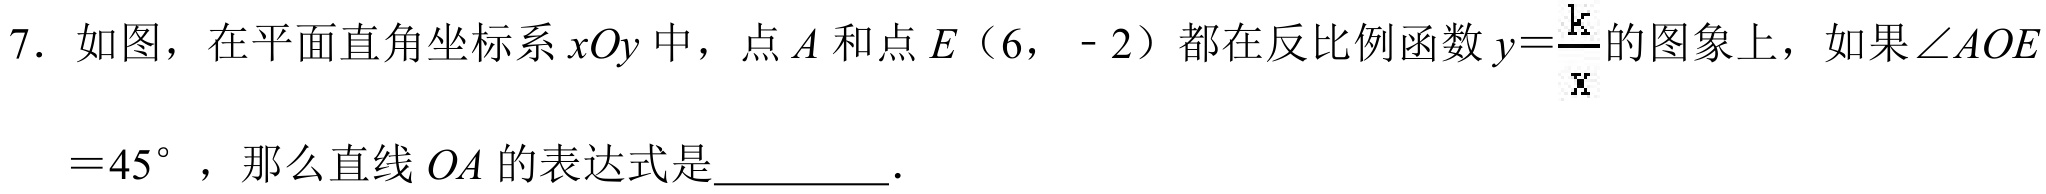
7. 如图，在平面直角坐标系\(xOy\)中，点\(A\)和点\(E\)（\(6\)，\(-2\)）都在反比例函数\(y = \frac{k}{x}\)的图象上，如果\(\angle AOE\)

\(= 45^{\circ}\)，那么直线\(OA\)的表达式是  ．